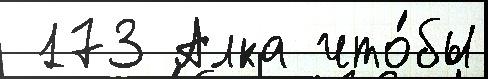
 173 Алка что́бы